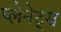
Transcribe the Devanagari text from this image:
प्लेनेट्स